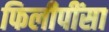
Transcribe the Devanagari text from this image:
फिलीपींसा